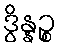
ဒွိန္နဉ္စ